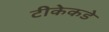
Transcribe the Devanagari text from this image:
टीकेकडे